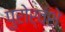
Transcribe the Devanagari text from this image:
पुरोर्वंशे